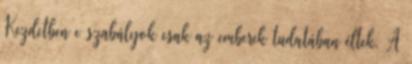
Kezdetben e szabályok csak az emberek tudatában éltek. A